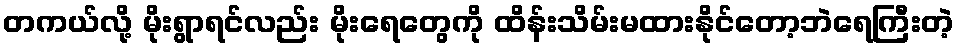
တကယ်လို့ မိုးရွာရင်လည်း မိုးရေတွေကို ထိန်းသိမ်းမထားနိုင်တော့ဘဲရေကြီးတဲ့